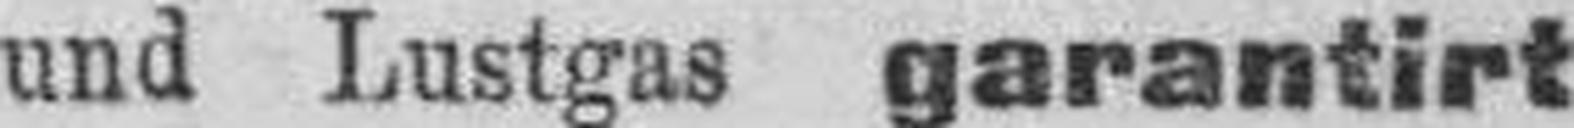
und Lustgas garantirt